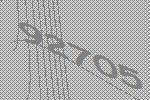
92705